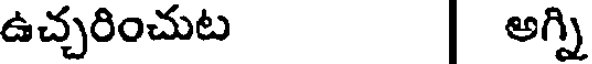
ఉచ్చరించుట | అగ్ని